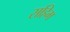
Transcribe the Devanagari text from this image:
सहिम